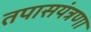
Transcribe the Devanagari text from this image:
तपासयंत्रणा